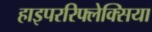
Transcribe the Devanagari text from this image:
हाइपररिफ्लेक्सिया